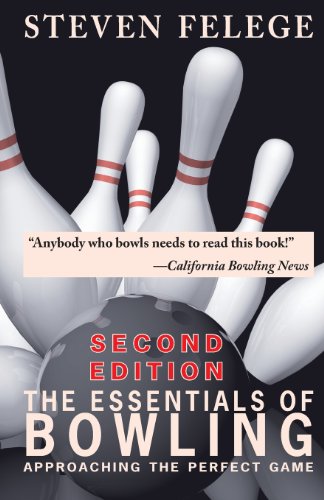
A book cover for The Essentials of Bowling; Steven B. Felege; Sports & Outdoors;